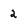
Character: 2